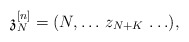
\begin{align*}\mathfrak{z}^{[n]}_N = (N, \ldots\, z_{N+K}\, \ldots),\end{align*}